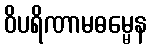
ဝိပရိဏာမဓမ္မေန